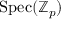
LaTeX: { \mathrm { S p e c } } ( \mathbb { Z } _ { p } )